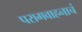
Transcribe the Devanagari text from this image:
परागवाहनाचं